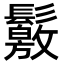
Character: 𩯛